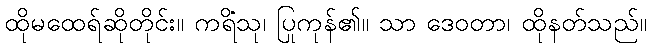
ထိုမထေရ်ဆိုတိုင်း။ ကရိံသု၊ ပြုကုန်၏။ သာ ဒေဝတာ၊ ထိုနတ်သည်။